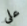
علي